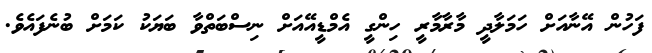
ފަހުން އޭނާއަށް ހަމަލާދީ މާރާމާރީ ހިންގީ އެމްޑީއޭއަށް ނިސްބަތްވާ ބަޔަކު ކަމަށް ބުނެފައެވެ.